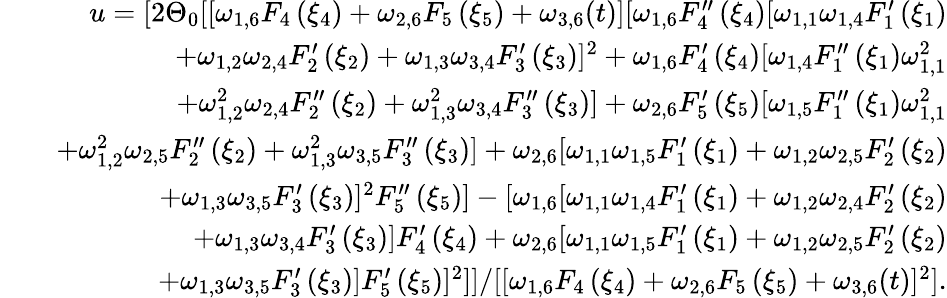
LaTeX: \begin{array}{rlr}&{}&{u=[2\Theta_{0}[[\omega_{1,6}F_{4}\left(\xi_{4}\right)+\omega_{2,6}F_{5}\left(\xi_{5}\right)+\omega_{3,6}(t)][\omega_{1,6}F_{4}^{\prime\prime}\left(\xi_{4}\right)[\omega_{1,1}\omega_{1,4}F_{1}^{\prime}\left(\xi_{1}\right)}\\ &{}&{+\omega_{1,2}\omega_{2,4}F_{2}^{\prime}\left(\xi_{2}\right)+\omega_{1,3}\omega_{3,4}F_{3}^{\prime}\left(\xi_{3}\right)]^{2}+\omega_{1,6}F_{4}^{\prime}\left(\xi_{4}\right)[\omega_{1,4}F_{1}^{\prime\prime}\left(\xi_{1}\right)\omega_{1,1}^{2}}\\ &{}&{+\omega_{1,2}^{2}\omega_{2,4}F_{2}^{\prime\prime}\left(\xi_{2}\right)+\omega_{1,3}^{2}\omega_{3,4}F_{3}^{\prime\prime}\left(\xi_{3}\right)]+\omega_{2,6}F_{5}^{\prime}\left(\xi_{5}\right)[\omega_{1,5}F_{1}^{\prime\prime}\left(\xi_{1}\right)\omega_{1,1}^{2}}\\ &{}&{+\omega_{1,2}^{2}\omega_{2,5}F_{2}^{\prime\prime}\left(\xi_{2}\right)+\omega_{1,3}^{2}\omega_{3,5}F_{3}^{\prime\prime}\left(\xi_{3}\right)]+\omega_{2,6}[\omega_{1,1}\omega_{1,5}F_{1}^{\prime}\left(\xi_{1}\right)+\omega_{1,2}\omega_{2,5}F_{2}^{\prime}\left(\xi_{2}\right)}\\ &{}&{+\omega_{1,3}\omega_{3,5}F_{3}^{\prime}\left(\xi_{3}\right)]^{2}F_{5}^{\prime\prime}\left(\xi_{5}\right)]-[\omega_{1,6}[\omega_{1,1}\omega_{1,4}F_{1}^{\prime}\left(\xi_{1}\right)+\omega_{1,2}\omega_{2,4}F_{2}^{\prime}\left(\xi_{2}\right)}\\ &{}&{+\omega_{1,3}\omega_{3,4}F_{3}^{\prime}\left(\xi_{3}\right)]F_{4}^{\prime}\left(\xi_{4}\right)+\omega_{2,6}[\omega_{1,1}\omega_{1,5}F_{1}^{\prime}\left(\xi_{1}\right)+\omega_{1,2}\omega_{2,5}F_{2}^{\prime}\left(\xi_{2}\right)}\\ &{}&{+\omega_{1,3}\omega_{3,5}F_{3}^{\prime}\left(\xi_{3}\right)]F_{5}^{\prime}\left(\xi_{5}\right)]^{2}]]/[[\omega_{1,6}F_{4}\left(\xi_{4}\right)+\omega_{2,6}F_{5}\left(\xi_{5}\right)+\omega_{3,6}(t)]^{2}].}\end{array}